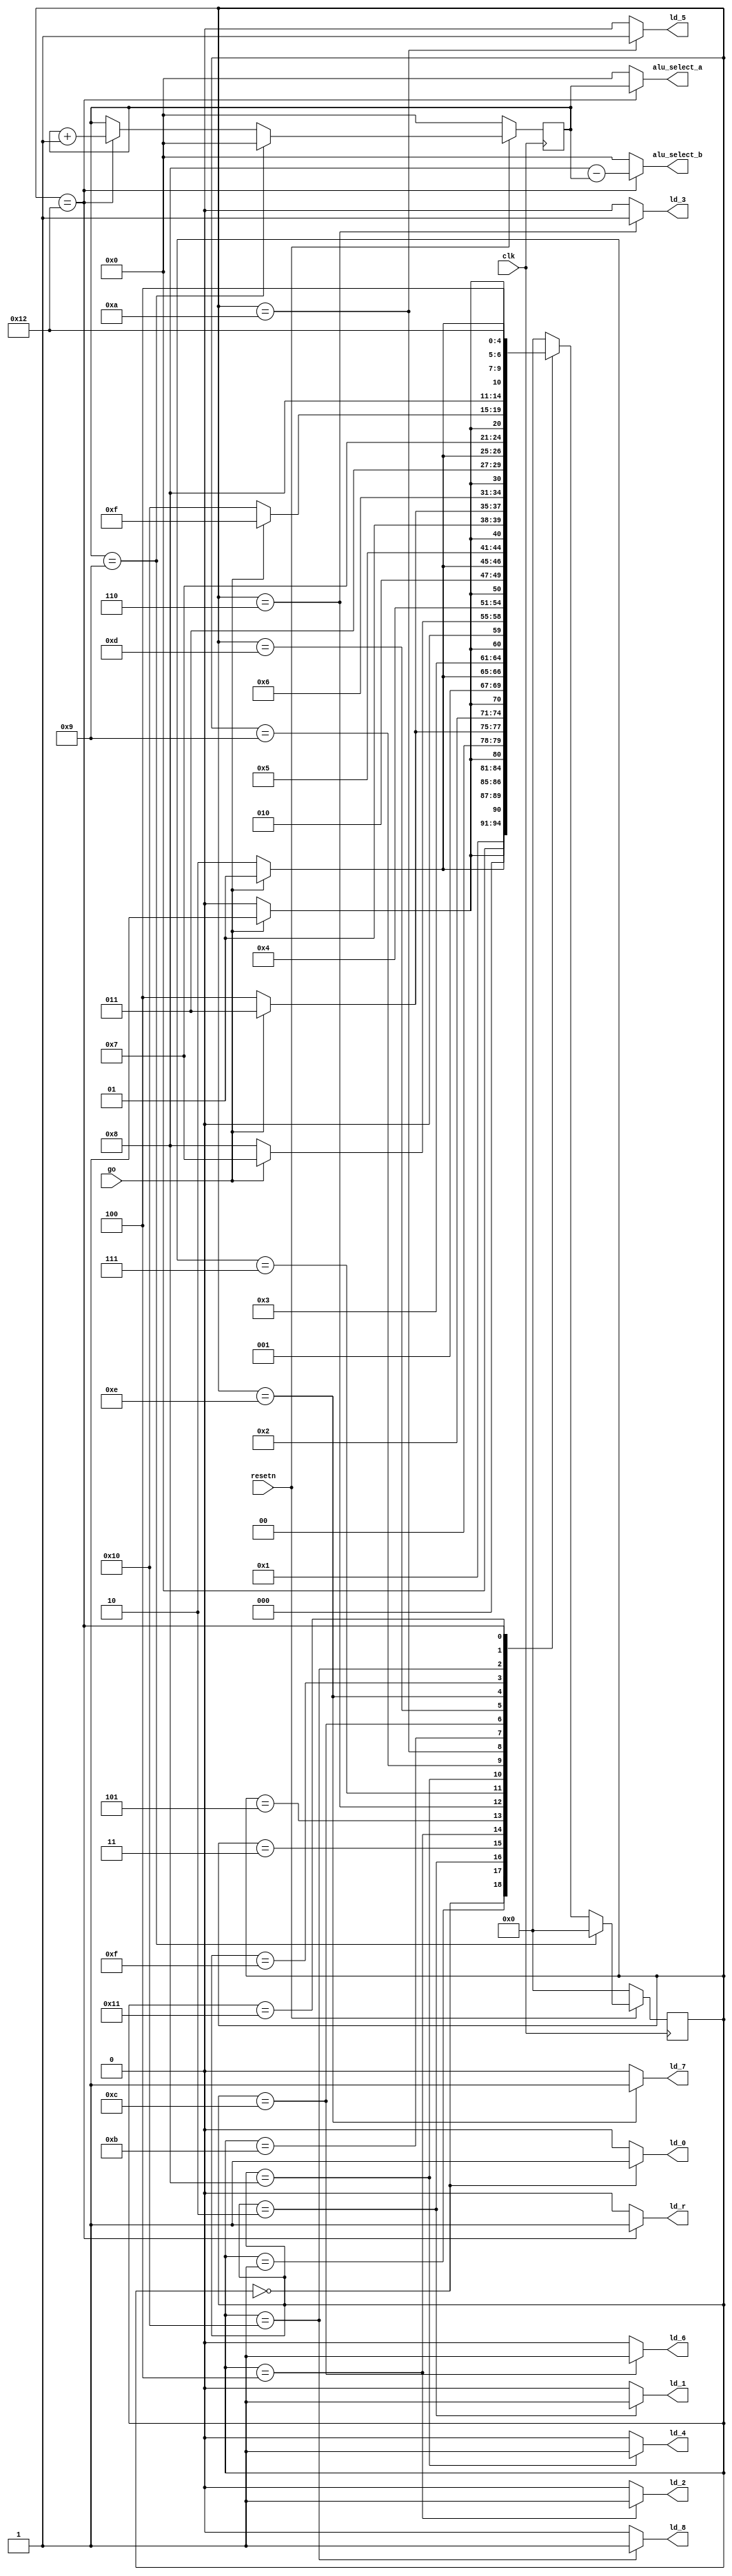
module control(
    input clk,
    input resetn,
    input go,

    output reg  ld_0, ld_1, ld_2,
					 ld_3, ld_4, ld_5,
					 ld_6, ld_7, ld_8,
					 
					 ld_r,		// r for result
					 
    output reg [3:0] alu_select_a,		// alu_select_a selects from matrix of pixels
							alu_select_b		// alu_select_b selects from convolution matrix
    
	 // do not need alu_op because all the operations are multiplication followed by addition
    );

	 reg [3:0] counter;
    reg [4:0] current_state, next_state; 
    
    localparam  S_LOAD_0        = 5'd0,
                S_LOAD_0_WAIT   = 5'd1,
                S_LOAD_1        = 5'd2,
                S_LOAD_1_WAIT   = 5'd3,
                S_LOAD_2        = 5'd4,
                S_LOAD_2_WAIT   = 5'd5,
                S_LOAD_3        = 5'd6,
                S_LOAD_3_WAIT   = 5'd7,
					 S_LOAD_4        = 5'd8,
                S_LOAD_4_WAIT   = 5'd9,
					 S_LOAD_5        = 5'd10,
                S_LOAD_5_WAIT   = 5'd11,
					 S_LOAD_6        = 5'd12,
                S_LOAD_6_WAIT   = 5'd13,
					 S_LOAD_7        = 5'd14,
                S_LOAD_7_WAIT   = 5'd15,
					 S_LOAD_8        = 5'd16,
                S_LOAD_8_WAIT   = 5'd17,
                S_CYCLE_CALC    = 5'd18;
    
    // Next state logic aka our state table
    always@(*)
    begin: state_table 
            case (current_state)
					 S_LOAD_0: next_state = go ? S_LOAD_0_WAIT : S_LOAD_0; // Loop in current state until value is input
                S_LOAD_0_WAIT: next_state = go ? S_LOAD_0_WAIT : S_LOAD_1; // Loop in current state until go signal goes low
                S_LOAD_1: next_state = go ? S_LOAD_1_WAIT : S_LOAD_1; // Loop in current state until value is input
                S_LOAD_1_WAIT: next_state = go ? S_LOAD_1_WAIT : S_LOAD_2; // Loop in current state until go signal goes low
                S_LOAD_2: next_state = go ? S_LOAD_2_WAIT : S_LOAD_2; // Loop in current state until value is input
                S_LOAD_2_WAIT: next_state = go ? S_LOAD_2_WAIT : S_LOAD_3; // Loop in current state until go signal goes low
                S_LOAD_3: next_state = go ? S_LOAD_3_WAIT : S_LOAD_3; // Loop in current state until value is input
                S_LOAD_3_WAIT: next_state = go ? S_LOAD_3_WAIT : S_LOAD_4; // Loop in current state until go signal goes low
					 S_LOAD_4: next_state = go ? S_LOAD_4_WAIT : S_LOAD_4; // Loop in current state until value is input
                S_LOAD_4_WAIT: next_state = go ? S_LOAD_4_WAIT : S_LOAD_5; // Loop in current state until go signal goes low
					 S_LOAD_5: next_state = go ? S_LOAD_5_WAIT : S_LOAD_5; // Loop in current state until value is input
                S_LOAD_5_WAIT: next_state = go ? S_LOAD_5_WAIT : S_LOAD_6; // Loop in current state until go signal goes low
					 S_LOAD_6: next_state = go ? S_LOAD_6_WAIT : S_LOAD_6; // Loop in current state until value is input
                S_LOAD_6_WAIT: next_state = go ? S_LOAD_6_WAIT : S_LOAD_7; // Loop in current state until go signal goes low
					 S_LOAD_7: next_state = go ? S_LOAD_7_WAIT : S_LOAD_7; // Loop in current state until value is input
                S_LOAD_7_WAIT: next_state = go ? S_LOAD_7_WAIT : S_LOAD_8; // Loop in current state until go signal goes low
					 S_LOAD_8: next_state = go ? S_LOAD_8_WAIT : S_LOAD_8; // Loop in current state until value is input
                S_LOAD_8_WAIT: next_state = go ? S_LOAD_8_WAIT : S_CYCLE_CALC; // Loop in current state until go signal goes low
					 S_CYCLE_CALC: next_state = S_CYCLE_CALC;
            default:     next_state = S_LOAD_0;
        endcase
    end // state_table
   

    // Output logic aka all of our datapath control signals
    always @(*)
    begin: enable_signals
	 
        // By default make all our signals 0
		  ld_0 = 1'b0;
        ld_1 = 1'b0;
        ld_2 = 1'b0;
        ld_3 = 1'b0;
        ld_4 = 1'b0;
        ld_5 = 1'b0;
		  ld_6 = 1'b0;
		  ld_7 = 1'b0;
		  ld_8 = 1'b0;
		  ld_r = 1'b0;
        alu_select_a = 4'b0000;
        alu_select_b = 4'b0000;

        case (current_state)
            S_LOAD_0: ld_0 = 1'b1;
            S_LOAD_1: ld_1 = 1'b1;
				S_LOAD_2: ld_2 = 1'b1;
				S_LOAD_3: ld_3 = 1'b1;
				S_LOAD_4: ld_4 = 1'b1;
				S_LOAD_5: ld_5 = 1'b1;
				S_LOAD_6: ld_6 = 1'b1;
				S_LOAD_7: ld_7 = 1'b1;
				S_LOAD_8: ld_8 = 1'b1;
            S_CYCLE_CALC: begin 
                ld_r = 1'b1; // store result in r
                alu_select_a = counter;
                alu_select_b = 4'b1000 - counter;
				end
				
				// default: don't need default since we already made sure all of our outputs were assigned a value at the start of the always block
        endcase
    end // enable_signals
   
    // current_state registers
    always@(posedge clk)
    begin: state_FFs
        if(!resetn) begin
            current_state <= S_LOAD_0;
				counter <= 4'b0000;
		  end else if (counter == 4'b1001) begin
				current_state <= S_LOAD_0;
				counter <= 4'b0000;
        end else begin
            current_state <= next_state;
				if (current_state == S_CYCLE_CALC)
					counter = counter + 1;
		  end
    end // state_FFS
endmodule